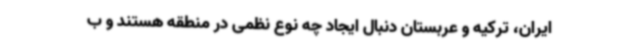
ایران، ترکیه و عربستان دنبال ایجاد چه نوع نظمی در منطقه هستند و ب